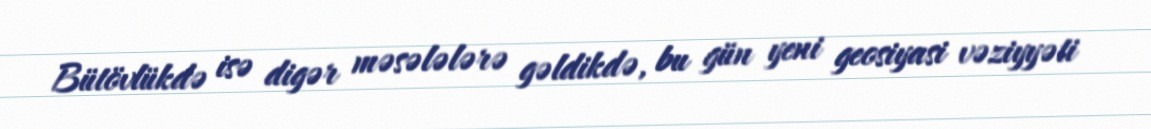
Bütövlükdə isə digər məsələlərə gəldikdə, bu gün yeni geosiyasi vəziyyəti